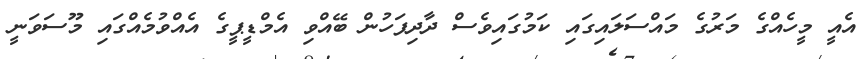
އެއީ މީހެއްގެ މަރުގެ މައްސަލައިގައި ކަމުގައިވެސް ދާދިފަހުން ބޭއްވި އެމްޑީޕީގެ އެއްވުމެއްގައި މޫސަވަނީ